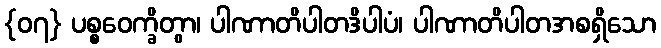
{၀၇} ပစ္စဝေက္ခိတွာ၊ ပါဏာတိပါတဒိပါပံ၊ ပါဏာတိပါတအစရှိသော